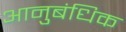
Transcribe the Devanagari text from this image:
आनुबंधिक